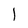
Character: 1